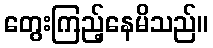
တွေးကြည့်နေမိသည်။